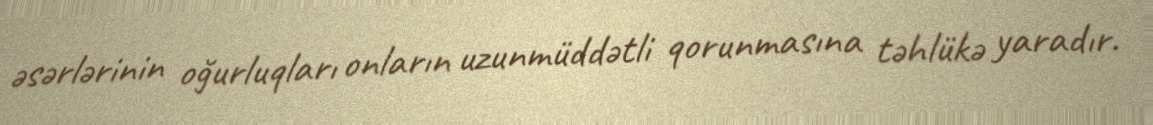
əsərlərinin oğurluqları onların uzunmüddətli qorunmasına təhlükə yaradır.